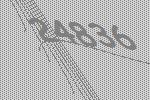
24836